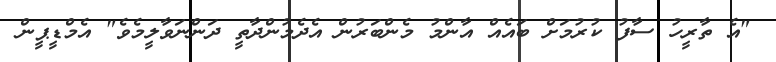
"އެ ތާރީހު ސާފު ކުރުމަށް ބައެއް އާންމު މެންބަރުން އެދެމުންދާތީ ދަންނަވާލީމެވެ" އެމްޑީޕީން